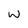
Character: W